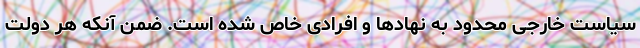
سیاست خارجی محدود به نهادها و افرادی خاص شده است. ضمن آنکه هر دولت